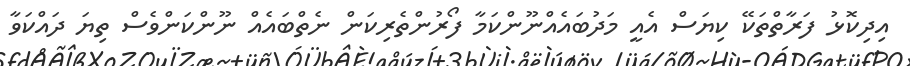
އިދިކޮޅު ފަރާތްތަކޭ ކިޔަސް އެއީ މަދުބައެއްނޫންކަމާ ފޯރުންތެރިކަން ނެތްބައެއް ނޫންކަންވެސް ތިޔަ ދައްކަވާ